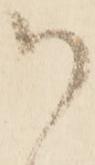
御